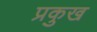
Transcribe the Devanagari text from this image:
प्रकुख